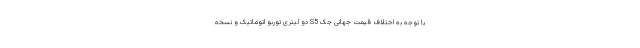
با توجه به اختلاف قیمت جهانی جک S5 دو لیتری توربو اتوماتیک و نسخه